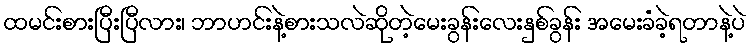
ထမင်းစားပြီးပြီလား၊ ဘာဟင်းနဲ့စားသလဲဆိုတဲ့မေးခွန်းလေးနှစ်ခွန်း အမေးခံခဲ့ရတာနဲ့ပဲ